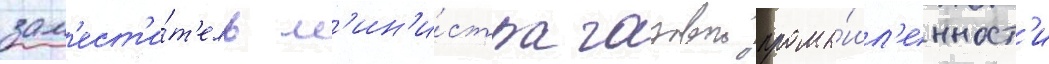
зам'ест'и́т'ель м'ин'и́стра газовои промы́шл'енност'и